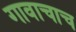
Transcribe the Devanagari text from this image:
गावाचाच